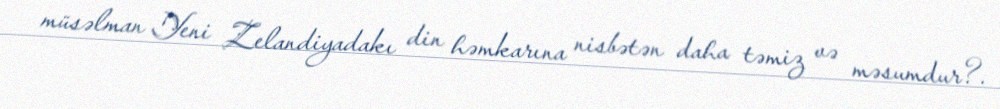
müsəlman Yeni Zelandiyadakı din həmkarına nisbətən daha təmiz və məsumdur?.